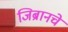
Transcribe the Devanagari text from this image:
जिब्रानचे